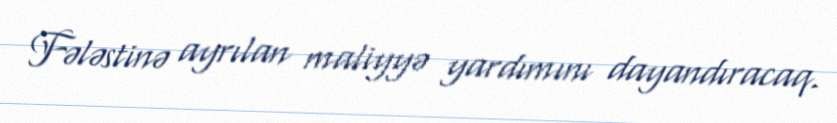
Fələstinə ayrılan maliyyə yardımını dayandıracaq.